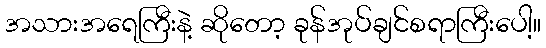
အသားအရေကြီးနဲ့ ဆိုတော့ ခုန်အုပ်ချင်စရာကြီးပေါ့။